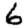
Digit: 6